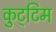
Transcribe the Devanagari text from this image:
कुट्‌टिम